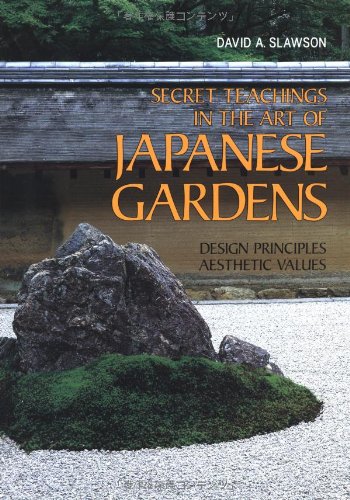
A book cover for Secret Teachings in the Art of Japanese Gardens: Design Principles, Aesthetic Values; David A. Slawson; Crafts, Hobbies & Home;